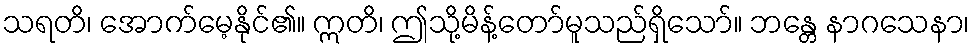
သရတိ၊ အောက်မေ့နိုင်၏။ ဣတိ၊ ဤသို့မိန့်တော်မူသည်ရှိသော်။ ဘန္တေ နာဂသေနာ၊